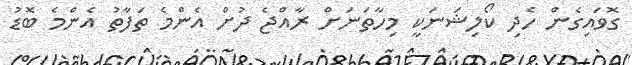
ގޮވައިގެން ހެދި ކޯލިޝަނަކީ މިހާތަނަށް ރާއްޖެ ދުށް އެންމެ ތަފާތު އެންމެ ބޮޑު